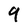
Character: 9